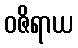
ဝဇိရာယ